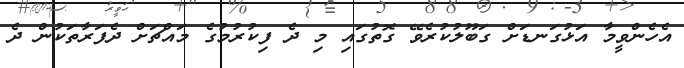
އެހެންވީމާ އަޅުގަނޑަށް ގަބޫލުކުރެވޭ ގޮތުގައި މި ދެ ފިކުރުމުގެ މައްޗަށް ދެފަރާތަކުން ދެ